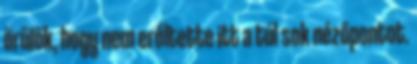
örülök, hogy nem erőltette itt a túl sok nézőpontot.